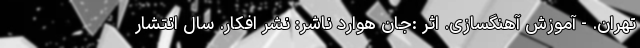
تهران. - آموزش آهنگسازی. اثر :جان هوارد ناشر: نشر افکار. سال انتشار